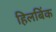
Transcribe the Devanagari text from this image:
हिलबिंक